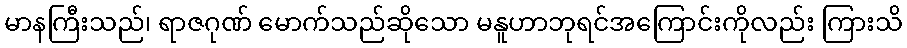
မာနကြီးသည်၊ ရာဇဂုဏ် မောက်သည်ဆိုသော မနူဟာဘုရင်အကြောင်းကိုလည်း ကြားသိ